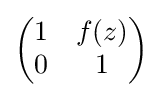
{\begin{pmatrix}1&f(z)\\0&1\end{pmatrix}}